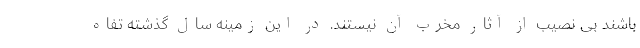
باشند بی نصیب از آثار مخرب آن نیستند. در این زمینه سال گذشته تفاه